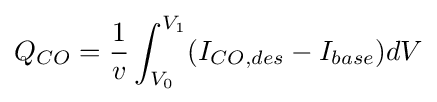
Q_{CO}={\frac {1}{v}}\int _{V_{0}}^{V_{1}}(I_{CO,des}-I_{base})dV